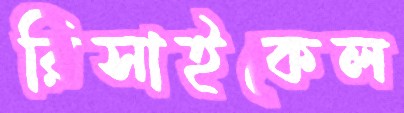
রিসাইকেল